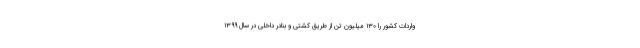
واردات کشور را ۱۳۰ میلیون تن از طریق کشتی و بنادر داخلی در سال ۱۳۹۹